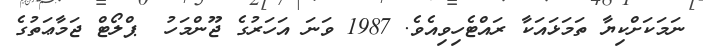
ނަމަކަށްކިޔާ ތަމަޅައަކާ ރައްޓެހިވިއެވެ. 1987 ވަނަ އަހަރުގެ ޖޫންމަހު  ޕްލޯޓް ޖަމާޢަތުގެ